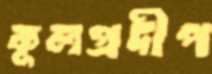
কূলপ্রদীপ